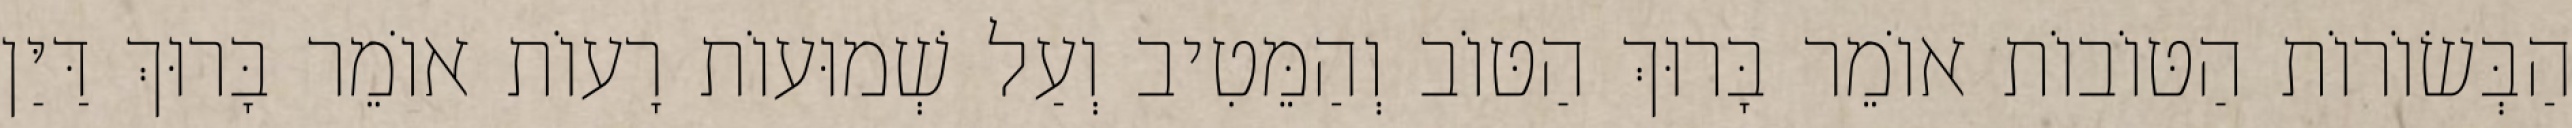
הַבְּשׂוֹרוֹת הַטּוֹבוֹת אוֹמֵר בָּרוּךְ הַטּוֹב וְהַמֵּטִיב וְעַל שְׁמוּעוֹת רָעוֹת אוֹמֵר בָּרוּךְ דַּיַּן